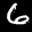
Label: 6